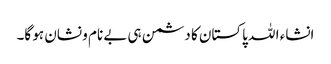
انشاء ا للہ پاکستان کا دشمن ہی بے نام و نشان ہو گا۔